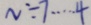
N \div 7 \cdots 4